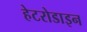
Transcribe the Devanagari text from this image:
हेटरोडाइन